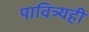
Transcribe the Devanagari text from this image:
पावित्र्यही